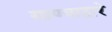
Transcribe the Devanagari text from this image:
गाण्याद्वारे